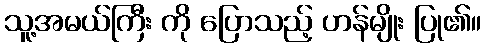
သူ့အမယ်ကြီး ကို ပြောသည့် ဟန်မျိုး ပြု၏။